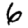
Digit: 6